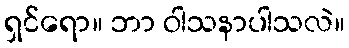
ရှင်ရော။ ဘာ ဝါသနာပါသလဲ။